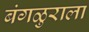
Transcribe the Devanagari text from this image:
बंगळुराला